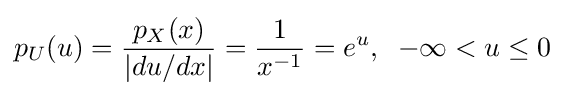
p_{U}(u)={\frac {p_{X}(x)}{|du/dx|}}={\frac {1}{x^{-1}}}=e^{u},\;\;-\infty <u\leq 0